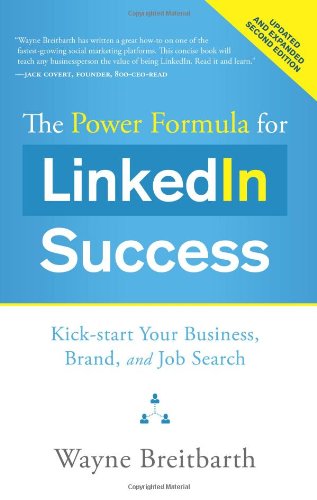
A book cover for The Power Formula for LinkedIn Success (Second Edition - Entirely Revised): Kick-start Your Business, Brand, and Job Search; Wayne Breitbarth; Computers & Technology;